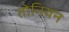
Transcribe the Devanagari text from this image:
तोनियन